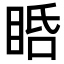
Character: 𥆠